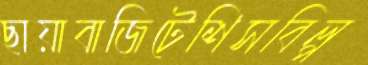
ছায়াবাজিটেশিসবিল্প